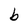
Character: b